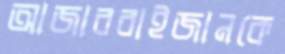
আজারবাইজানকে